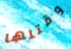
وقتلها